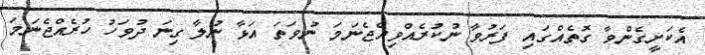
އެކަށީގެންވާ ގޮތެއްގައި ފަރުވާ ނުކުރެއްވިއްޖެނަމަ ނުވަތަ އަޅާ ނުލާ ގިނަ ދުވަހު ހުރެއްޖެނަމަ